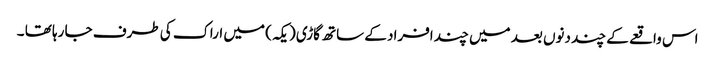
اس واقعے کے چند دنوں بعد میں چند افراد کے ساتھ گاڑی ( یکہ ) میں اراک کی طرف جا رہا تھا ۔